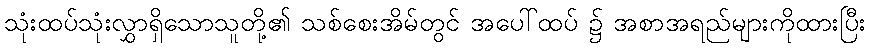
သုံးထပ်သုံးလွှာရှိသောသူတို့၏ သစ်စေးအိမ်တွင် အပေါ်ထပ် ၌ အစာအရည်များကိုထားပြီး